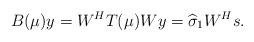
LaTeX: \begin{align*}B(\mu)y=W^{H}T(\mu)Wy=\widehat{\sigma}_{1}W^{H}s.\end{align*}